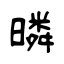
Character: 暽